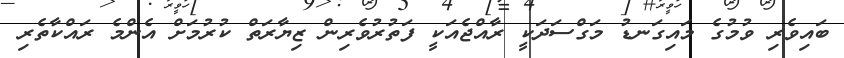
ބައިވެރި ވުމުގެ މައިގަނޑު މަގްސަދަކީ ރާއްޖެއަކީ ފަތުރުވެރިން ޒިޔާރަތް ކުރުމަށް އެންމެ ރައްކާތެރި